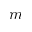
m